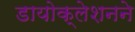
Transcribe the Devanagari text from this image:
डायोक्लेशनने